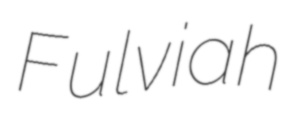
Fulviah